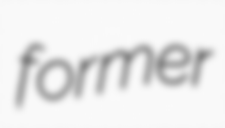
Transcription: former